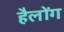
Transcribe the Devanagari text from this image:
हैलोंग